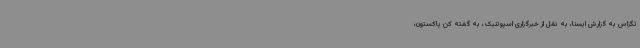
تگزاس به گزارش ایسنا، به نقل از خبرگزاری اسپوتنیک، به گفته کن پاکستون،